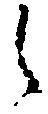
候